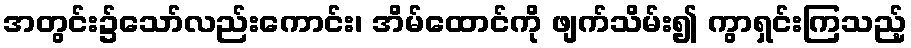
အတွင်း၌သော်လည်းကောင်း၊ အိမ်ထောင်ကို ဖျက်သိမ်း၍ ကွာရှင်းကြသည့်